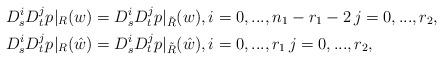
LaTeX: \begin{align*}&D^i_sD^j_tp\vert_{R}(w)=D^i_sD^j_tp\vert_{\tilde R}(w), i=0,...,n_1-r_1-2\,j=0,...,r_2, \\&D^i_sD^j_tp\vert_{R}(\hat w)=D^i_sD^j_tp\vert_{\tilde R}(\hat w), i=0,...,r_1\,j=0,...,r_2, \end{align*}